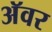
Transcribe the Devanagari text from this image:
अॅवर